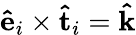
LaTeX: \mathbf{\hat{e}}_{i}\times\mathbf{\hat{t}}_{i}=\mathbf{\hat{k}}